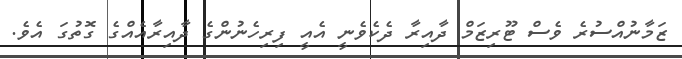
ޒަމާނުއްސުރެ ވެސް ޓޫރިޒަމް ދާއިރާ ދެކެވެނީ އެއީ ފިރިހެނުންގެ ދާއިރާއެއްގެ ގޮތުގަ އެވެ.